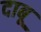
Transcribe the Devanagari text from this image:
दाबू